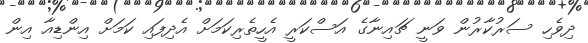
ދިވެހި ސަރުކާރުން ވަނީ ޗައިނާގެ އަސްކަރީ އެހީތެރިކަމަށް އެދިފައި ކަމަށް އިންޑިއާ އިން